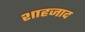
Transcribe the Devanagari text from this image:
शाहजाद